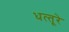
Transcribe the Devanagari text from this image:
धत्‍तूरे